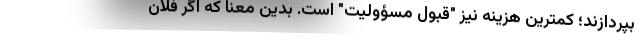
بپردازند؛ کمترین هزینه نیز "قبول مسؤولیت" است. بدین معنا که اگر فلان